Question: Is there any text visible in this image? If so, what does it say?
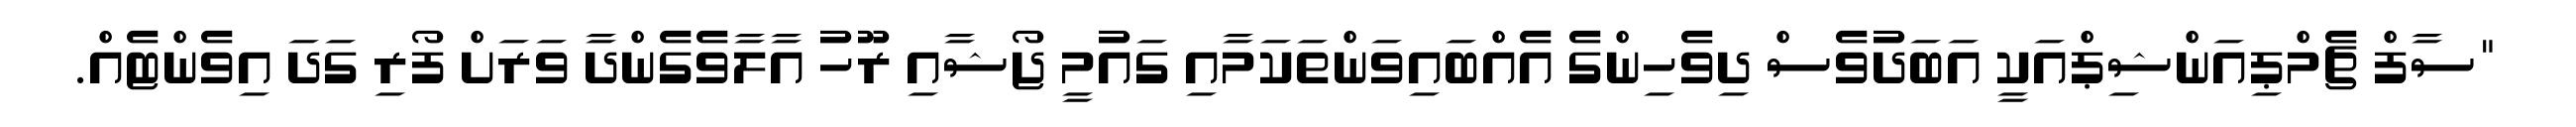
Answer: "ސާފް ޗެމްޕިއަންޝިޕްއަކީ އަބަދުވެސް ދިވެހިންގެ އެއްބައިވަންތަކަމާއި ގައުމީ ޖޯޝާއި ރޫހު އާލާވެގެންދާ ވަރަށް ފޯރި ގަދަ އިވެންޓެއް.